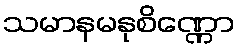
သမာနမနုစိဏ္ဏော